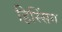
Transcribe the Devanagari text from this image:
हिस्सिंग